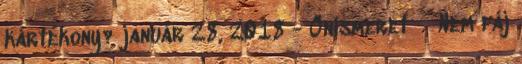
kártékony? január 28, 2018 - Önismeret Nem fáj